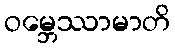
ဝမ္ဘေဿာမာတိ